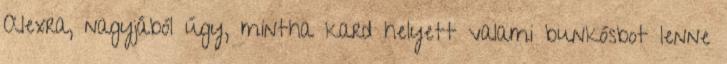
Alexra, nagyjából úgy, mintha kard helyett valami bunkósbot lenne